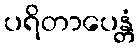
ပရိတာပေန္တံ